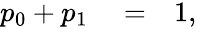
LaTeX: \begin{array}{rlr}{p_{0}+p_{1}}&{{}=}&{1,}\end{array}